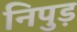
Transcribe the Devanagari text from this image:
निपुड़